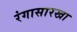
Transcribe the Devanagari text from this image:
रंगासारखा